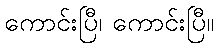
ကောင်းပြီ၊ ကောင်းပြီ။